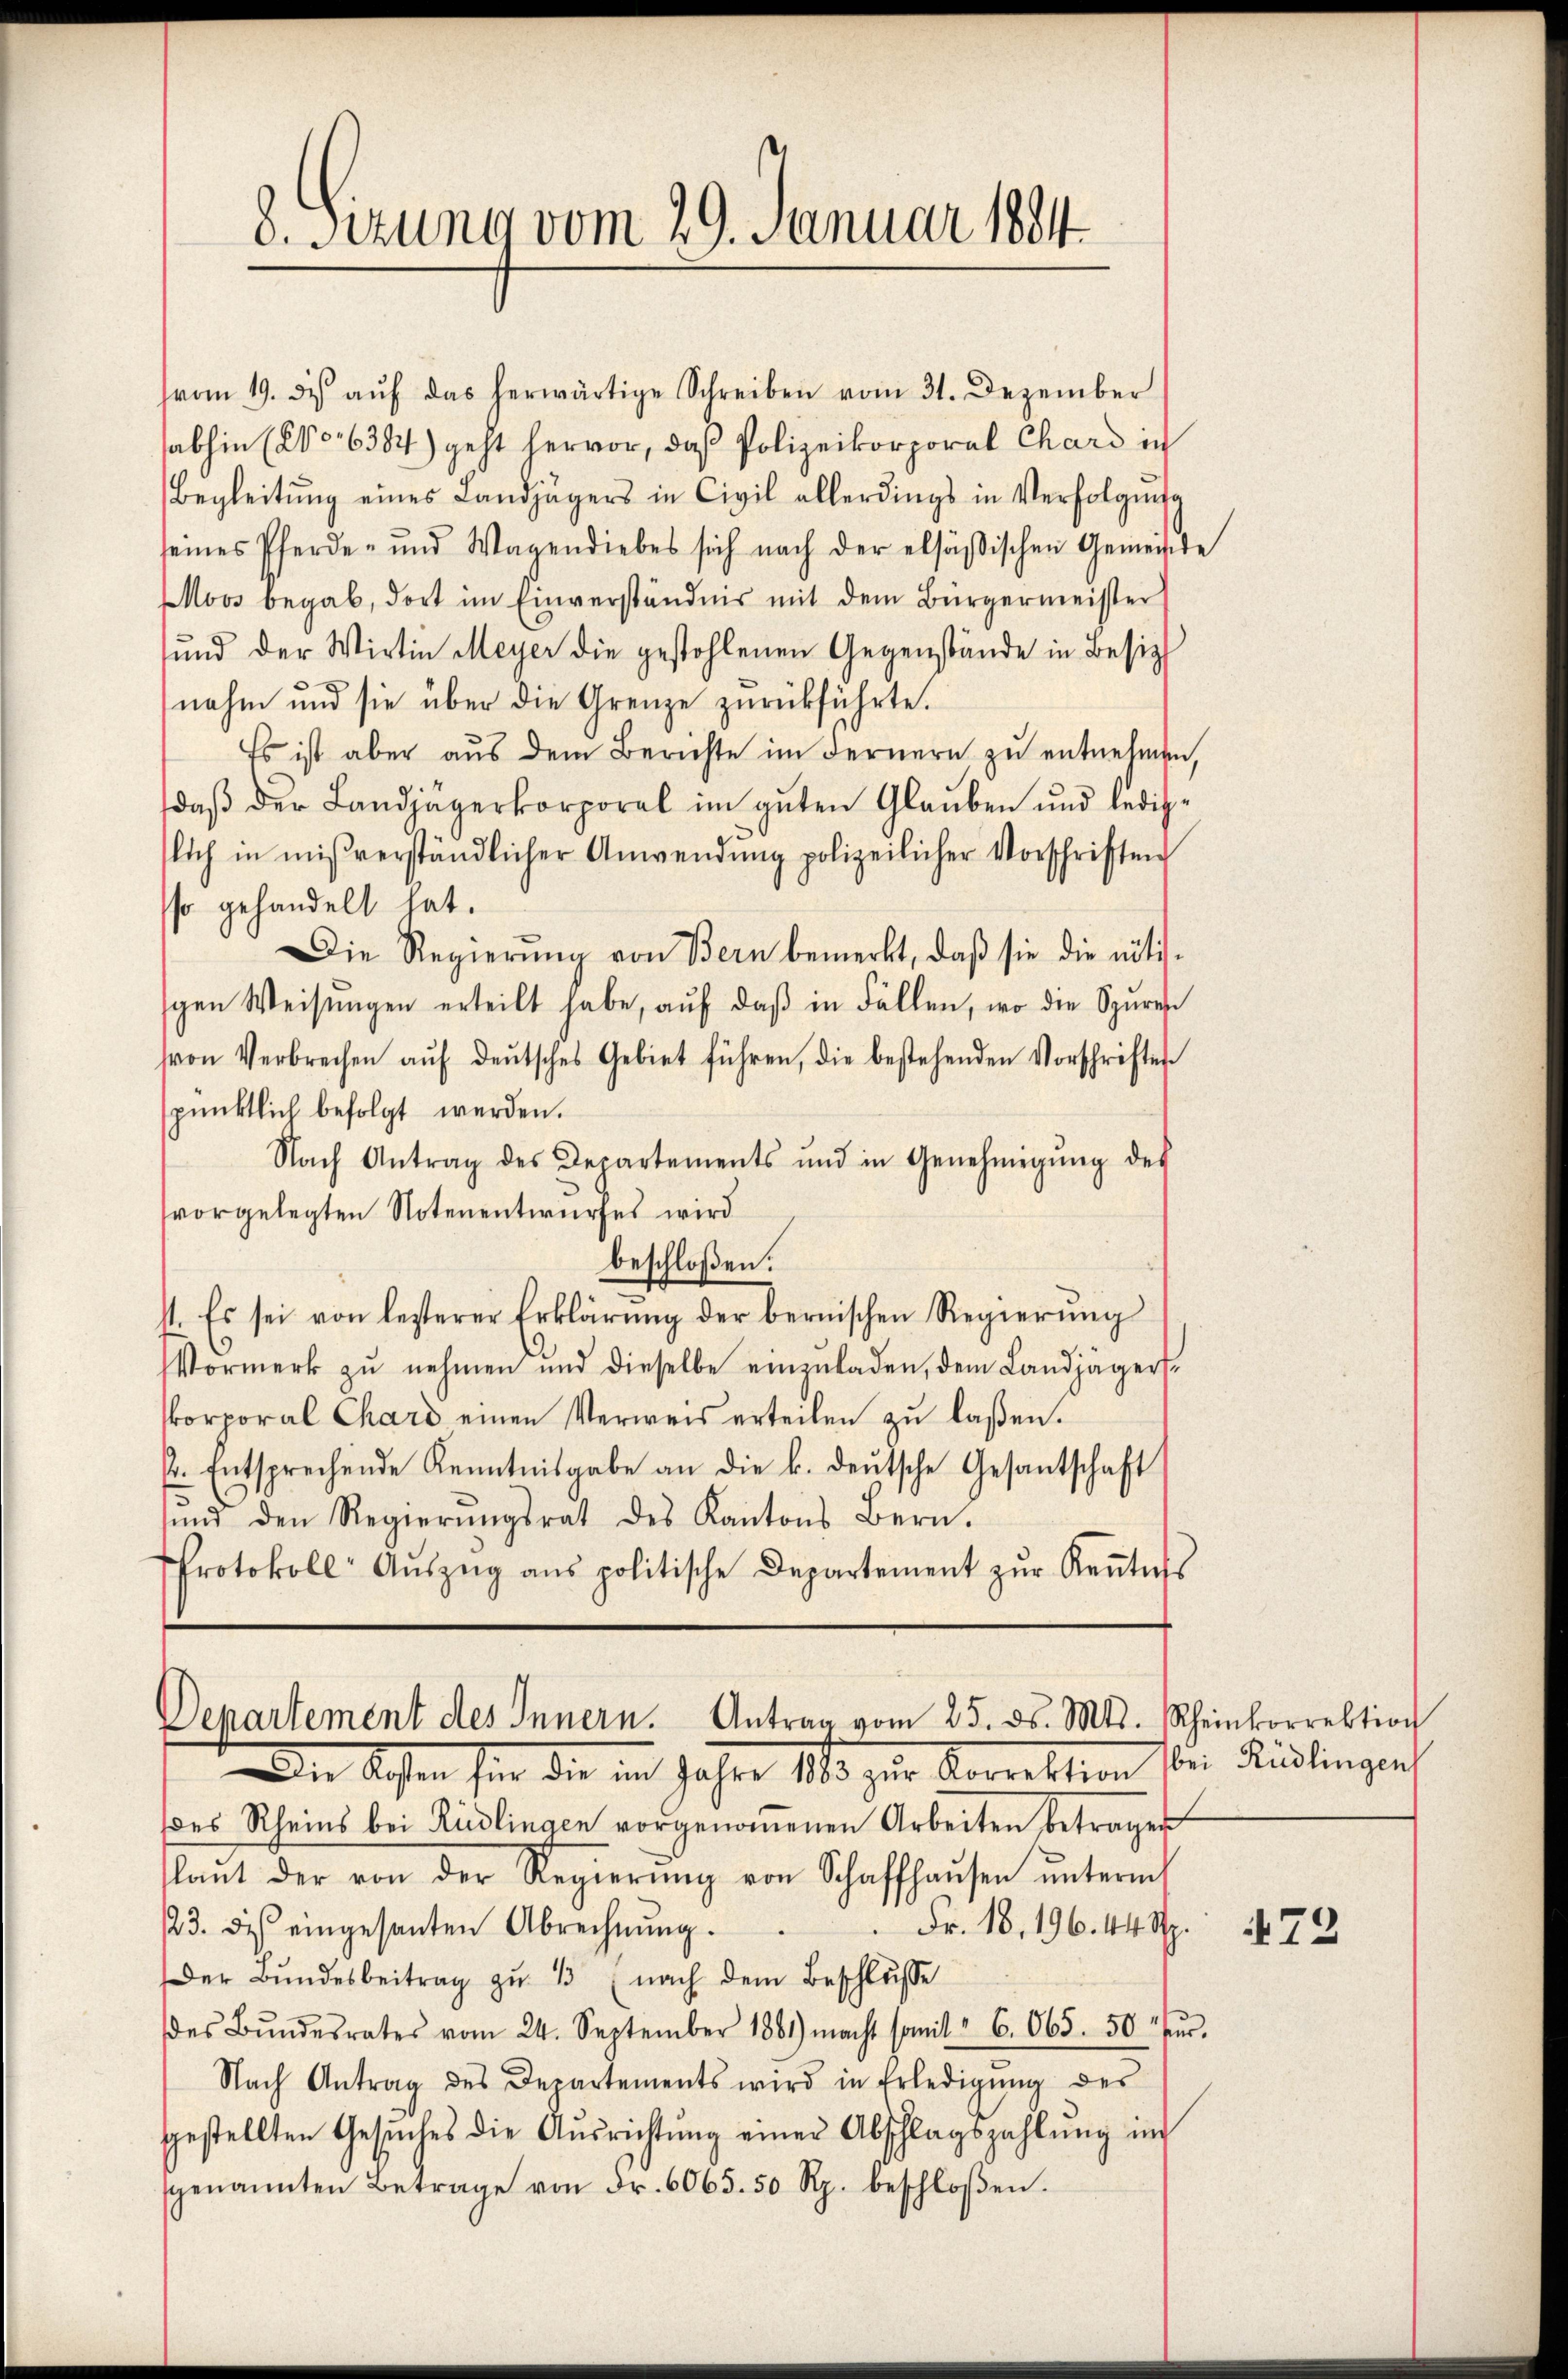
vom 19. des aŭf das herwärtige Schreiben vom 31. Dezember
sabhin (200. 6387) geht hervor, daß Polizeikorporal Chard in
Begleitŭng eines Landjägers in Civil allerdings in Verfolgung
seines Pferde- und Wagendiebes sich nach der elsäsischen Gemeinde
Moos begab, dort im Einverständnis mit dem Bürgermeister
und der Wirtin Meyer die gestohlenen Gegenstände in Besitz
nahm und sie über die Grenze zŭrückführte.
Es ist aber aŭs dem Berichte im Fernern zŭ entnehmen,
daβ der Landjägerkorporal im guten Glauben und lediglich in mißverständlicher Anwendŭng polizeilicher Vorschriften
sso gehandelt hat.
Die Regierŭng von Bern bemerkt, daβ sie die nötis-
gen Weisŭngen erteilt habe, aŭf daβ in Fällen, wo die Spure
von Verbrechen aŭf deŭtsches Gebiet führen, die bestehenden Vorschriftes
spünktlich befolgt werden.
Nach Antrag des Departements und in Genehmigŭng des
vorgelegten Notenentwurfes wird
beschloßen:
st. Es sei von lezterer Erklärŭng der bernischen Regierŭng
Vormerk zŭ nehmen und dieselbe einzŭladen, dem Landjägers
korporal Chard einen Verweis erteilen zu laßen.
s. Entsprechende Kenntnisgabe an die k. deŭtsche Gesantschaft
sind den Regierŭngsrat des Kantons Bern.
Protokoll Aŭszŭg ans politische Departement zŭr Keṅtnis

8. Sizung vom 29. Januar 1884

Departement des Innern. Antrag vom 25. ds. Mts. Rheinkorrektio

ie Kosten sie die in Jahre 183 zur Korrektion von Fridlingesch
des Rheins bei Rüdlingen vorgenoṁenen Arbeiten betragen
lant der von der Regierŭng von Schaffhausen ŭnterm
Fr. 18. 196. 44. St.
23. des eingesanten Abrechnŭng.
Der Bŭndesbeitrag zŭ 1 (nach dem Beschlŭsse
des Bŭndesrates vom 24. September 1881) macht somit " 6. 665. 50 fr.
Nach Antrag des Departements wird in Erledigŭng des
gestellten Gesŭches die Aŭsrichtŭng einer Abschlagszahlŭng in
genannten Betrage von Fr. 6065. 50 Rp. beschloßen.

472